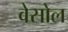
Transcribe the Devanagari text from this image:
वेसोल